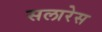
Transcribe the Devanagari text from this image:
सलारेस